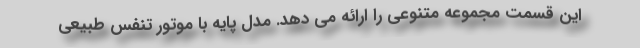
این قسمت مجموعه متنوعی را ارائه می دهد. مدل پایه با موتور تنفس طبیعی